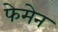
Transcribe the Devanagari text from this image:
फेमेन